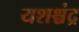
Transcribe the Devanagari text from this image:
यशश्चंद्र